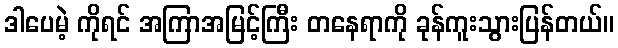
ဒါပေမဲ့ ကိုရင် အကြာအမြင့်ကြီး တနေရာကို ခုန်ကူးသွားပြန်တယ်။